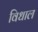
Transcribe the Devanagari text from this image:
विधाल